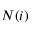
N ( i )